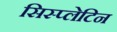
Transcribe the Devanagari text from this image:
सिस्प्लेटिन